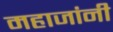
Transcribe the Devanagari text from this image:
महाजांनी